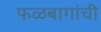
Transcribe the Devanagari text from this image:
फळबागांची